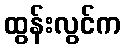
ထွန်းလွင်က